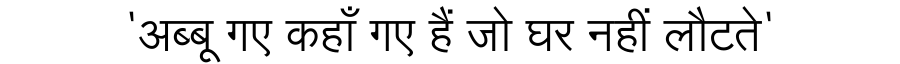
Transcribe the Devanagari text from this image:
'अब्बू गए कहाँ गए हैं जो घर नहीं लौटते'